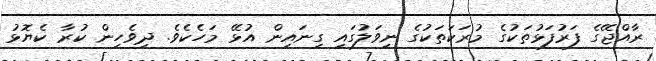
ރާއްޖޭގެ ފަރުފަޅުތަކުގެ މުރަކަތަކުގެ ނިވަލުގައި ގިނައިން އުޅޭ މަހެކެވެ. ދިވެހިން ކުރާ ކެޔޮޅު